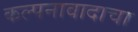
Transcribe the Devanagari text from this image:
कल्पनावादाचा